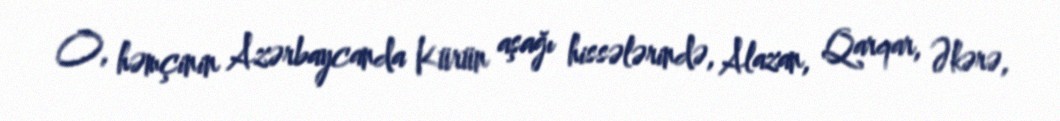
O, həmçinin Azərbaycanda Kürün aşağı hissələrində, Alazan, Qarqar, Əkərə,